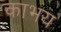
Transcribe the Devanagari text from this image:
काभय